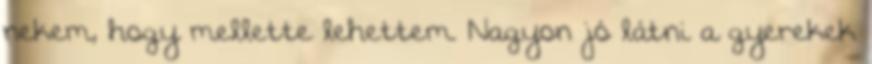
nekem, hogy mellette lehettem. Nagyon jó látni a gyerekek